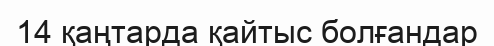
14 қаңтарда қайтыс болғандар